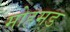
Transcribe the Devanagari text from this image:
मोहमड